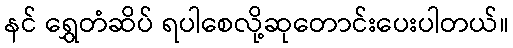
နင် ရွှေတံဆိပ် ရပါစေလို့ဆုတောင်းပေးပါတယ်။